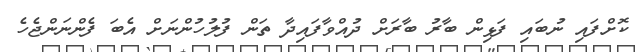
ކޮށްފައި ނުބައި ފަޅިން ބާރު ބާރަށް ދުއްވާފައިދާ ތަން ފުލުހުންނަށް އެބަ ފެންނަންޖެހެ